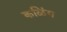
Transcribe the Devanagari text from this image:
कळिंग